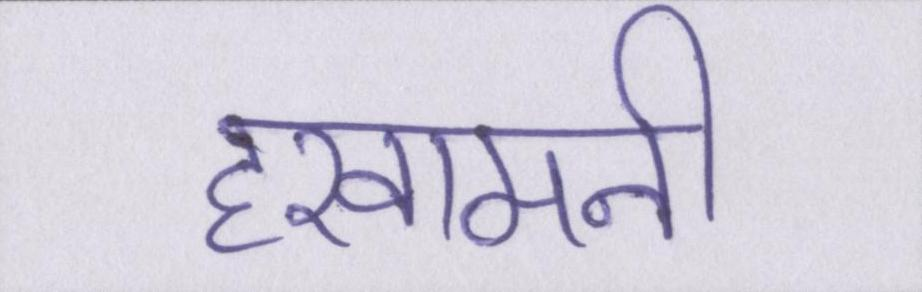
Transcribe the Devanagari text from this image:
हखामनी